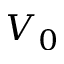
V _ { 0 }